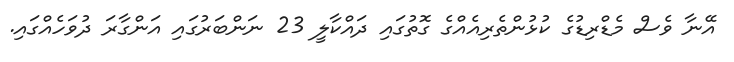
އޭނާ ވެސް މެޑްރިޑުގެ ކުޅުންތެރިއެއްގެ ގޮތުގައި ދައްކާލީ 23 ނަންބަރުގައި އަންގާރަ ދުވަހެއްގައި.